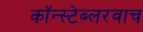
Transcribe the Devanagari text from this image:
कॉन्स्टेब्लरवाच